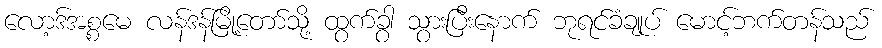
လော့ဒ်အစ္စမေ လန်ဒန်မြို့တော်သို့ ထွက်ခွာ သွားပြီးနောက် ဘုရင်ခံချုပ် မောင့်ဘက်တန်သည်